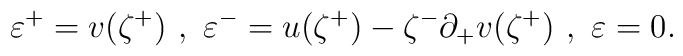
\varepsilon^+=v(\zeta^+)\,\, ,\,\,\varepsilon^-=u(\zeta^+)-\zeta^-\partial_+ v(\zeta^+)\,\, ,\,\,\varepsilon =0.